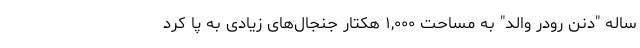
ساله "دنن رودر والد" به مساحت ۱,۰۰۰ هکتار جنجال‌های زیادی به پا کرد